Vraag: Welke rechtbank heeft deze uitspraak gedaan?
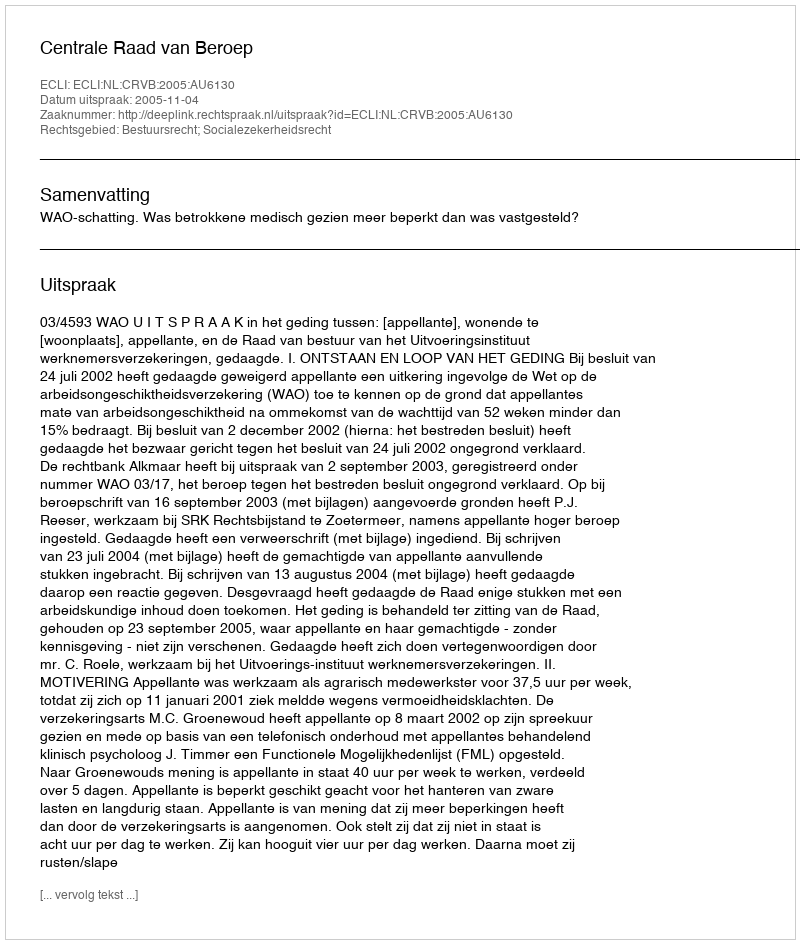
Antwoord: Centrale Raad van Beroep